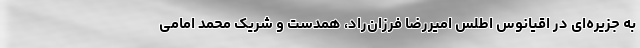
به جزیره‌ای در اقیانوس اطلس امیررضا فرزان‌راد، همدست و شریک محمد امامی